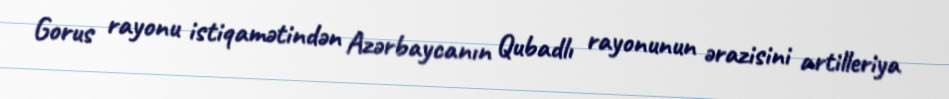
Gorus rayonu istiqamətindən Azərbaycanın Qubadlı rayonunun ərazisini artilleriya